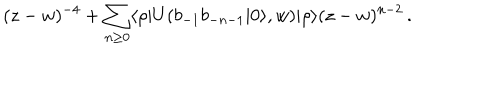
LaTeX: ( z - w ) ^ { - 4 } + \sum _ { n \geq 0 } \langle \rho | U ( b _ { - 1 } b _ { - n - 1 } | 0 \rangle , w ) | \rho \rangle ( z - w ) ^ { n - 2 } \, .